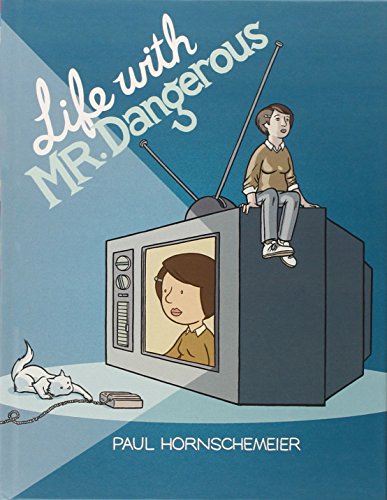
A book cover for Life with Mr. Dangerous; Paul Hornschemeier; Comics & Graphic Novels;